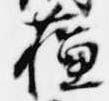
蘓